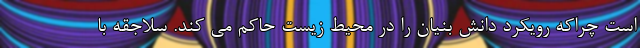
است چراکه رویکرد دانش بنیان را در محیط زیست حاکم می کند. سلاجقه با